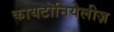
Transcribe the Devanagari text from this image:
कायटोनियेलीज़